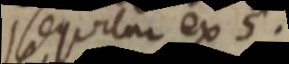
sequitur ex 5.